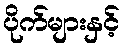
ပိုက်များနှင့်